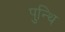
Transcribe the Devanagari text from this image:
पुन्थि